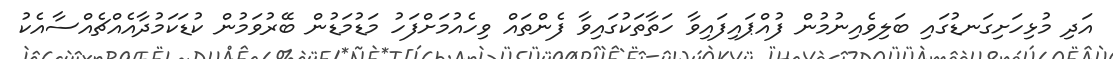
އަދި މުޅިހަށިގަނޑުގައި ބަލިވެއިނުމުން ފުއްޕައިފައިވާ ހަތާތަކުގައިވާ ފެންތައް ވިހެއުމަށްފަހު މަޑުމަޑުން ބޭރުވަމުން ކުޑަކަމުދާއެއްޗެއްސާއެކު